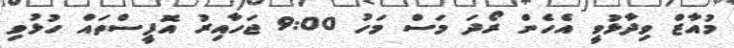
މުއާޒް ވިދާޅުވީ އެހެން ރޯދަ މަސް މަހު 9:00 ޖަހާއިރު އޮފީސްތައް ހުޅުވި